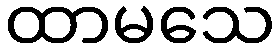
ထာမသေ